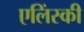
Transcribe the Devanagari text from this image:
एलिंस्की